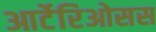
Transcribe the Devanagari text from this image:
आर्टेरिओसस